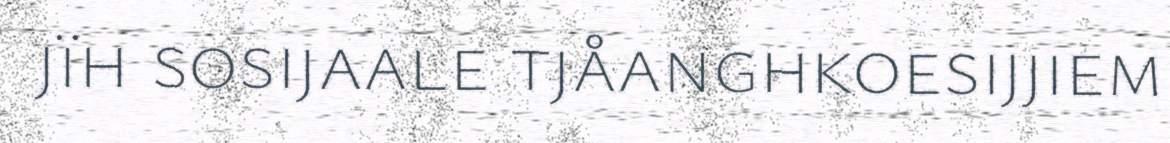
jïh sosijaale tjåanghkoesijjiem